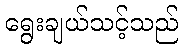
ရွေးချယ်သင့်သည်